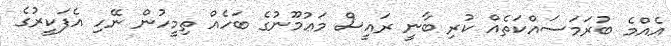
އެއްމެ ބުރަމަސައްކަތެއް ކުރި ބާނީ ރައީސް މަޢުމޫނުގެ ބަހެއް ތިމީހުން ނޭހި އެފަކީރުގެ